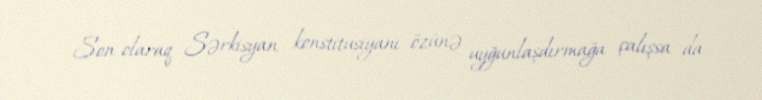
Son olaraq Sərkisyan konstitusiyanı özünə uyğunlaşdırmağa çalışsa da